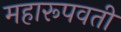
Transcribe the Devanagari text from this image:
महारूपवती